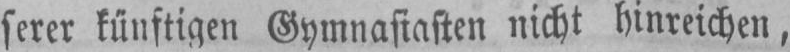
serer künftigen Gymnasiasten nicht hinreichen,